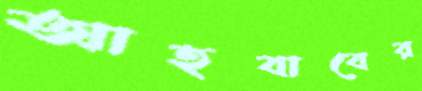
আহবাবের